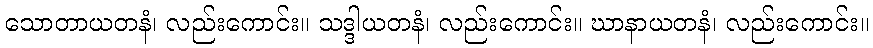
သောတာယတနံ၊ လည်းကောင်း။ သဒ္ဒါယတနံ၊ လည်းကောင်း။ ဃာနာယတနံ၊ လည်းကောင်း။